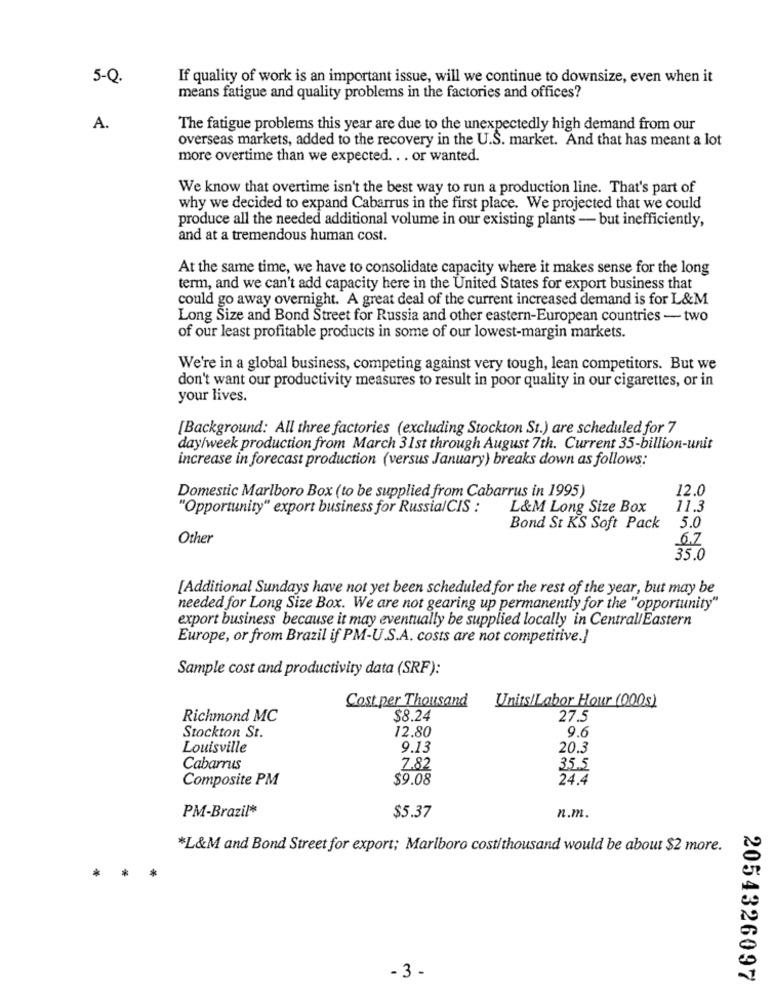
5-Q.
If quality of work is an important issue, will we continue to downsize, even when it
means fatigue and quality problems in the factories and offices?
A.
The fatigue problems this year are due to the unexpectedly high demand from our
overseas markets, added to the recovery in the U.S. market. And that has meant a lot
more overtime than we expected. . . or wanted.
We know that overtime isn't the best way to run a production line. That's part of
why we decided to expand Cabarrus in the first place. We projected that we could
produce all the needed additional volume in our existing plants - but inefficiently,
and at a tremendous human cost.
At the same time, we have to consolidate capacity where it makes sense for the long
term, and we can't add capacity here in the United States for export business that
could go away overnight. A great deal of the current increased demand is for L&M
Long Size and Bond Street for Russia and other eastern-European countries - two
of our least profitable products in some of our lowest-margin markets.
We're in a global business, competing against very tough, lean competitors. But we
don't want our productivity measures to result in poor quality in our cigarettes, or in
your lives.
[Background: All three factories (excluding Stockton St.) are scheduled for 7
day/week production from March 31st through August 7th. Current 35-billion-unit
increase in forecast production (versus January) breaks down as follows:
12.0
Domestic Marlboro Box (to be supplied from Cabarrus in 1995)
"Opportunity" export business for Russia/CIS :
L&M Long Size Box
11.3
Bond St KS Soft Pack
5.0
Other
6.Z
35.0
[Additional Sundays have not yet been scheduled for the rest of the year, but may be
needed for Long Size Box. We are not gearing up permanently for the "opportunity"
export business because it may eventually be supplied locally in CentralEastern
Europe, or from Brazil if PM-U.S.A. costs are not competitive.]
Sample cost and productivity data (SRF):
Cost per Thousand
Units/Labor Hour (000s)
Richmond MC
$8.24
27.5
12.80
Stockton St.
9.6
Louisville
9.13
20.3
Cabarrus
7.82
35.5
Composite PM
$9.08
24.4
PM-Brazil*
$5.37
n.m.
*L&M and Bond Street for export; Marlboro cost/thousand would be about $2 more.
*
*
- 3 -
2054326097